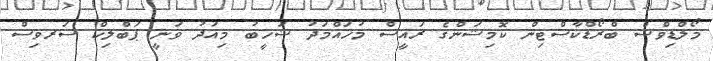
މޯލްޑިވްސް ބްރޯޑްކާސްޓިން ކޮމިޝަންގެ ރައީސް މުހައްމަދު ޝަހީބު މިއަދު ވަނީ ޕަބްލިކް ސަރވިސް